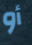
أو